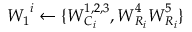
\boldsymbol { W _ { 1 } } ^ { i } \leftarrow \{ \boldsymbol { W } _ { C _ { i } } ^ { 1 , 2 , 3 } , \boldsymbol { W } _ { R _ { i } } ^ { 4 } \boldsymbol { W } _ { R _ { i } } ^ { 5 } \}